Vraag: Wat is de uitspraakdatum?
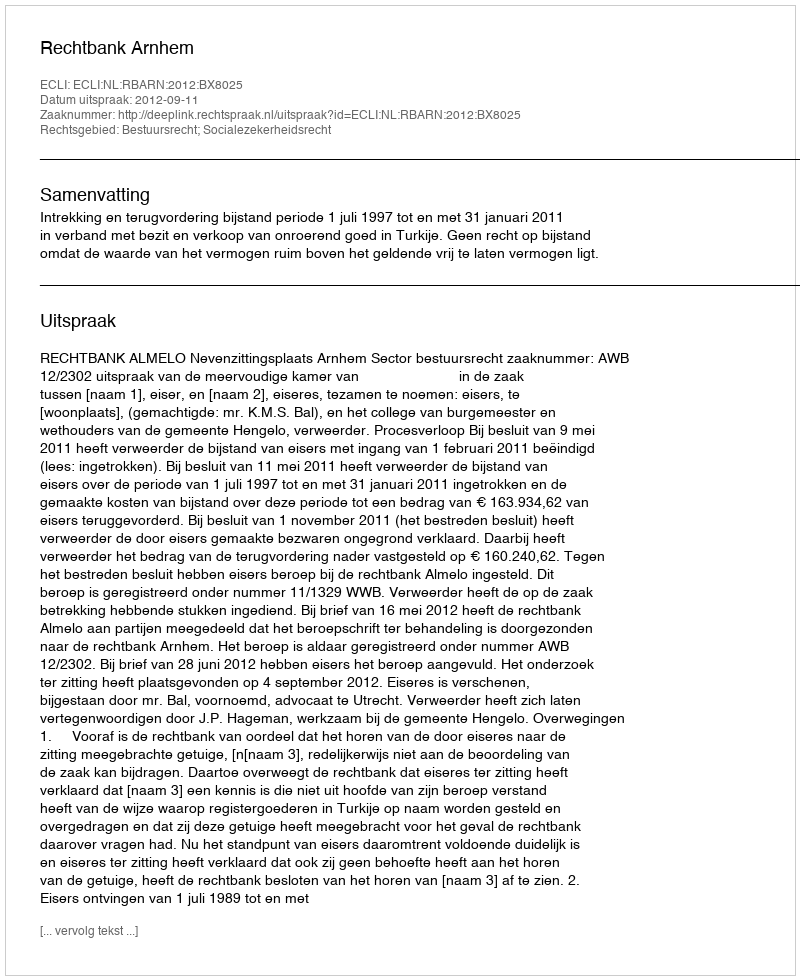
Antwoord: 2012-09-11